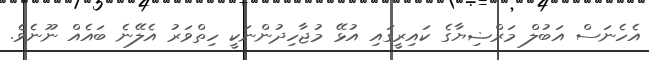
އެހެނަސް އަބުލް މަރްޟިޔާގެ ކައިރީގައި އުޅޭ މުޖާހިދުންނަކީ ހިތްވަރު އެލޭނެ ބައެއް ނޫނެވެ.